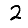
Digit: 2